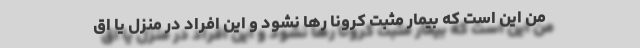
من این است که بیمار مثبت کرونا رها نشود و این افراد در منزل یا اق